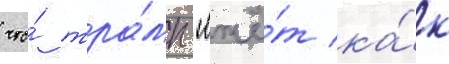
что́ тра́мп "лжё́т ка́к